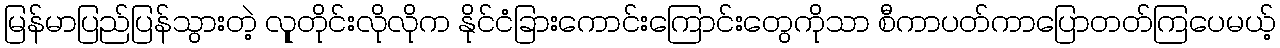
မြန်မာပြည်ပြန်သွားတဲ့ လူုတိုင်းလိုလိုက နိုင်ငံခြားကောင်းကြောင်းတွေကိုသာ စီကာပတ်ကာပြောတတ်ကြပေမယ့်